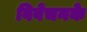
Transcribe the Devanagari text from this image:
विवेचनके